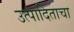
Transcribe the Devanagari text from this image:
उत्पादिताचा